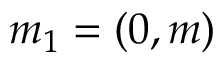
m _ { 1 } = ( 0 , m )